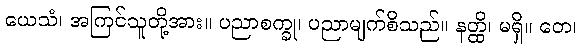
ယေသံ၊ အကြင်သူတို့အား။ ပညာစက္ခု၊ ပညာမျက်စိသည်။ နတ္ထိ၊ မရှိ။ တေ၊